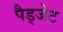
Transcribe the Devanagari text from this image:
पैड्जेट